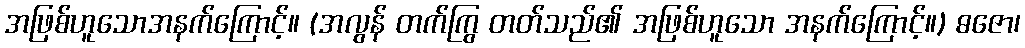
အဖြစ်ဟူသောအနက်ကြောင့်။ (အလွန် တက်ကြွ တတ်သည်၏ အဖြစ်ဟူသော အနက်ကြောင့်။) ဓဇော၊